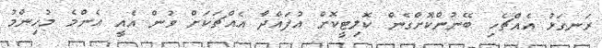
ރަނގަޅު އެއްޗެހި ބޭނުންކޮޮށްގެން ކޮލިޓީކޮށް އުފައްދާ އެއްޗަކަށް ވުން އެއީ އެންމެ މުހިންމު